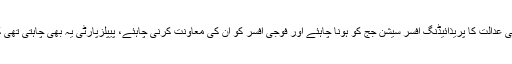
پیپلزپارٹی نے اپنے نو نکات میں بنیادی طور پر یہ شرط ر کھی تھی کہ فوجی عدالت کا پریذائیڈنگ افسر سیشن جج کو ہونا چاہئے اور فوجی افسر کو اُن کی معاونت کرنی چاہئے، پیپلزپارٹی یہ بھی چاہتی تھی کہ فوجی عدالت کے فیصلے پر ہائی کورٹ کو نظرثانی کا اختیار ہونا چاہئے۔